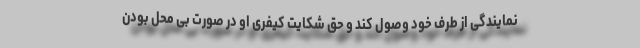
نمایندگی از طرف خود وصول کند و حق شکایت کیفری او در صورت بی محل بودن